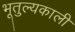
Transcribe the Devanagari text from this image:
भूतुल्यकाली